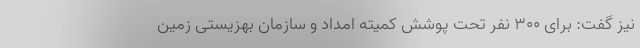
نیز گفت: برای ۳۰۰ نفر تحت پوشش کمیته امداد و سازمان بهزیستی زمین